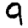
Digit: 9